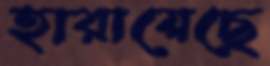
হারায়েছে